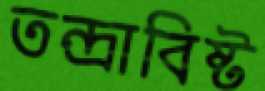
তন্দ্রাবিষ্ট